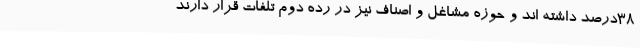
38درصد داشته اند و حوزه مشاغل و اصناف نیز در رده دوم تلفات قرار دارند